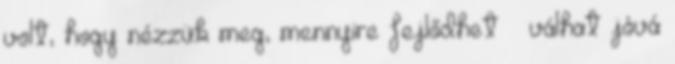
volt, hogy nézzük meg, mennyire fejlődhet válhat jóvá